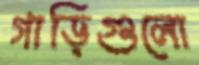
গাড়িগুলো